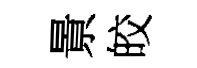
㬌皎